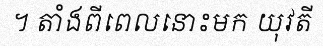
។ តាំងពីពេលនោះមក យុវតី